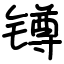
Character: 𨱔